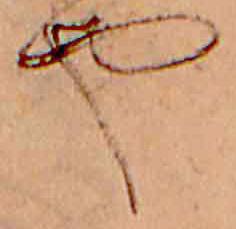
や